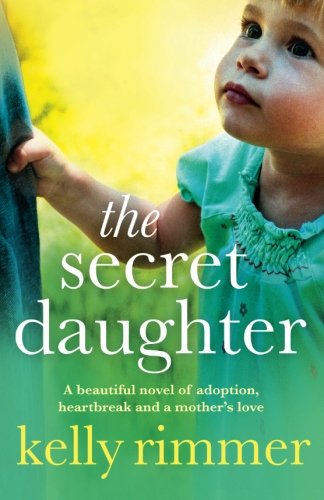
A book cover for The Secret Daughter: A beautiful novel of adoption, heartbreak and a mother's love; Kelly Rimmer; Literature & Fiction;